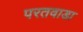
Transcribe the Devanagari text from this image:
परतवाडा